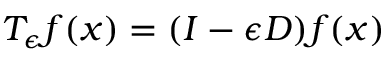
T _ { \epsilon } f ( x ) = ( I - \epsilon D ) f ( x )